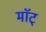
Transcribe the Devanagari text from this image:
माॅट्